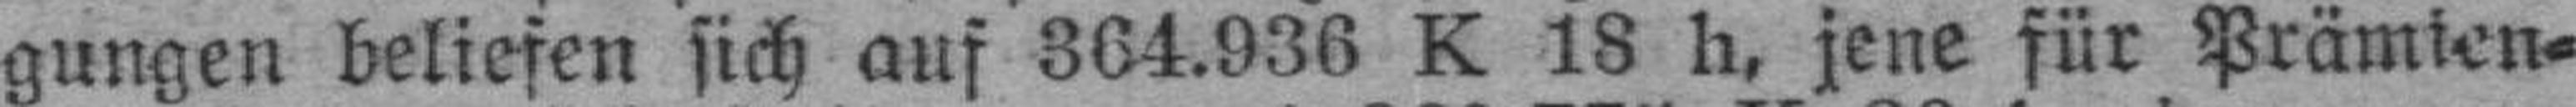
gungen beliefen sich auf 364.936 K 18 h, jene für Prämien=